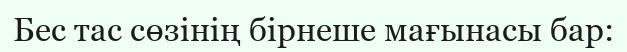
Бес тас сөзінің бірнеше мағынасы бар: